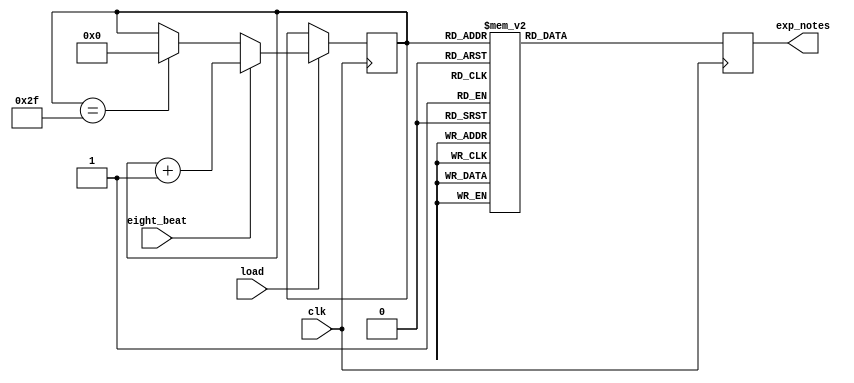
module prechorus(
				  input clk,
						  eight_beat,
						  load,
						  
				  output reg [4:0]exp_notes
				  );
							 
	reg [5:0] t = 6'd0;
	
	always@(posedge clk)
	begin
		if (load)
			if (eight_beat == 1'b1)
				t <= t+1;
			else if (t == 6'd47)
				t <= 6'd0;
		else if (~load)
			t <= 5'd0;
			
	end
	
	always@(posedge clk)
	begin
	
		case(t)
			6'd0:
				exp_notes <= 5'b10101;
			6'd8:
				exp_notes <= 5'b01110;
			6'd12:
				exp_notes <= 5'b01110;
				
			6'd16:
				exp_notes <= 5'b00001;
			6'd18:
				exp_notes <= 5'b00100;
			6'd19:
				exp_notes <= 5'b00001;
			6'd20:
				exp_notes <= 5'b00100;
			6'd21:
				exp_notes <= 5'b00010;
			6'd22:
				exp_notes <= 5'b00001;
			6'd23:
				exp_notes <= 5'b00010;
				
			6'd25:
				exp_notes <= 5'b00001;
			6'd26:
				exp_notes <= 5'b00100;
			6'd27:
				exp_notes <= 5'b00001;
			6'd28:
				exp_notes <= 5'b00100;
			6'd29:
				exp_notes <= 5'b00010;
			6'd30:
				exp_notes <= 5'b00001;
				
			6'd32:
				exp_notes <= 5'b10101;
			6'd40:
				exp_notes <= 5'b01110;
			6'd44:
				exp_notes <= 5'b01110;
				
			default: exp_notes <= 5'b00000;
			
		endcase
	end
endmodule